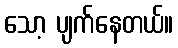
သော့ ပျက်နေတယ်။